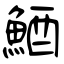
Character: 鯂